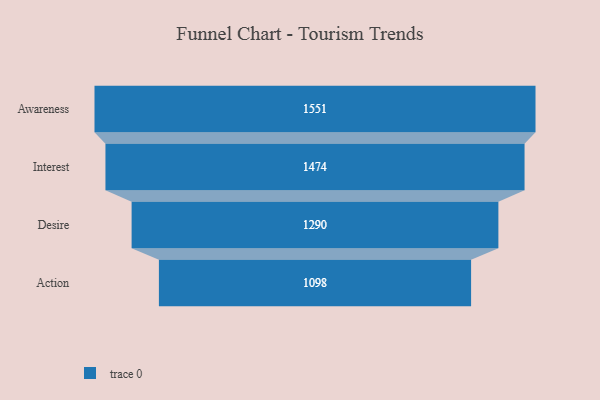
{"axis": {"x": "Stage", "y": "Value"}, "legend": [""], "data": [{"x": "Awareness", "y": 1551.0, "type": ""}, {"x": "Interest", "y": 1474.0, "type": ""}, {"x": "Desire", "y": 1290.0, "type": ""}, {"x": "Action", "y": 1098.0, "type": ""}]}